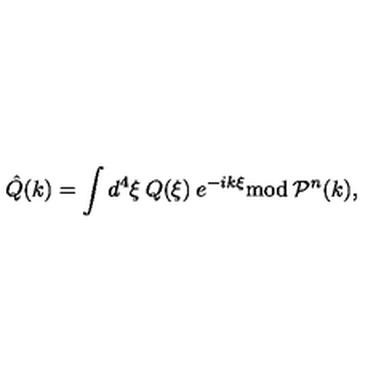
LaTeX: \hat { Q } ( k ) = \int d ^ { 4 } \xi \: Q ( \xi ) \: e ^ { - i k \xi } { \mathrm { m o d } } \: { \mathcal { P } } ^ { n } ( k ) ,